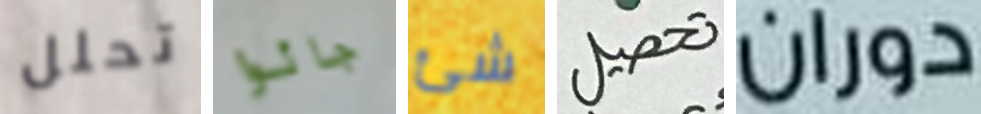
تحلل جائوا شئ تحصيل دوران